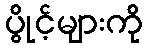
ပွိုင့်များကို